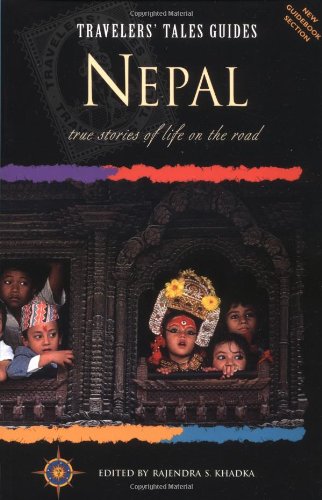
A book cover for Travelers' Tales Nepal: True Stories of Life on the Road (Travelers' Tales Guides); Travel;